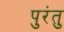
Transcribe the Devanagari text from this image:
पुरंतु